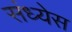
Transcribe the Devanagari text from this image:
संध्येस